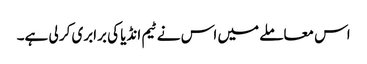
اس معاملے میں اس نے ٹیم انڈیا کی برابری کر لی ہے۔